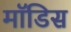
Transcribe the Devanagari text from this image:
मॉडिस